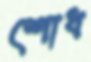
শোধ